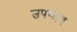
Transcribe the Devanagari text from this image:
उपप्लव